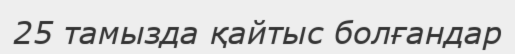
25 тамызда қайтыс болғандар